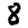
Digit: 8